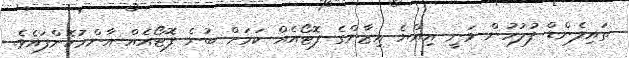
ތައިލެންޑް ފުލުހުން ވަނީ އިއްޔެ އިޒާންގެ ފޮޓޯއެއް ކަމަށް ބުނެ ފޮޓޯއެއް އާންމުކޮށްފައެވެ.